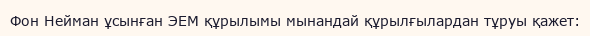
Фон Нейман ұсынған ЭЕМ құрылымы мынандай құрылғылардан тұруы қажет: